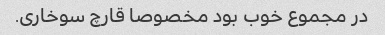
در مجموع خوب بود مخصوصا قارچ سوخاری.